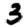
Digit: 3